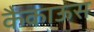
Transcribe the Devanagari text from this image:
कैकाऊस